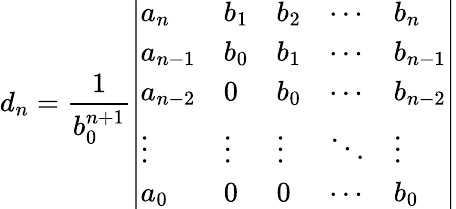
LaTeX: d_{n}={\frac{1}{b_{0}^{n+1}}}{\left|\begin{array}{lllll}{a_{n}}&{b_{1}}&{b_{2}}&{\cdots}&{b_{n}}\\ {a_{n-1}}&{b_{0}}&{b_{1}}&{\cdots}&{b_{n-1}}\\ {a_{n-2}}&{0}&{b_{0}}&{\cdots}&{b_{n-2}}\\ {\vdots}&{\vdots}&{\vdots}&{\ddots}&{\vdots}\\ {a_{0}}&{0}&{0}&{\cdots}&{b_{0}}\end{array}\right|}